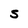
Character: S